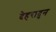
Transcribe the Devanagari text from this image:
देहरादुन